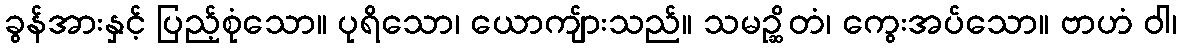
ခွန်အားနှင့် ပြည့်စုံသော။ ပုရိသော၊ ယောကျ်ားသည်။ သမဉ္ဆိတံ၊ ကွေးအပ်သော။ ဗာဟံ ဝါ၊